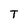
Character: T